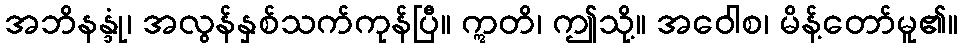
အဘိနန္ဒုံ၊ အလွန်နှစ်သက်ကုန်ပြီ။ ဣတိ၊ ဤသို့။ အဝေါစ၊ မိန့်တော်မူ၏။